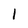
Character: I